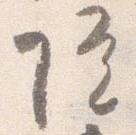
院